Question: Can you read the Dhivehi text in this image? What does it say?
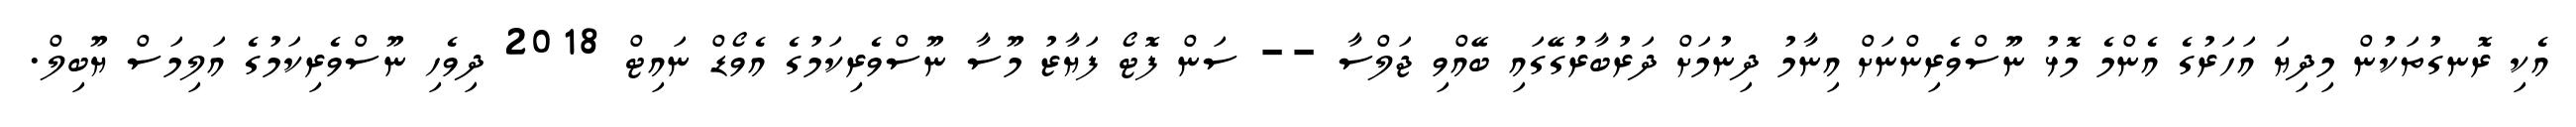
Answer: އެކި ރޮނގުތަކުން މިދިޔަ އަހަރުގެ އެންމެ މޮޅު ނޫސްވެރިންނަށް އިނާމު ދިނުމަށް ދަރުބާރުގޭގައި ބޭއްވި ޖަލްސާ -- ސަން ފޮޓޯ ފަޔާޒު މޫސާ ނޫސްވެރިކަމުގެ އެވޯޑް ނައިޓް 2018 ދިވެހި ނޫސްވެރިކަމުގެ އަލިމަސް ޔޫބިލް.